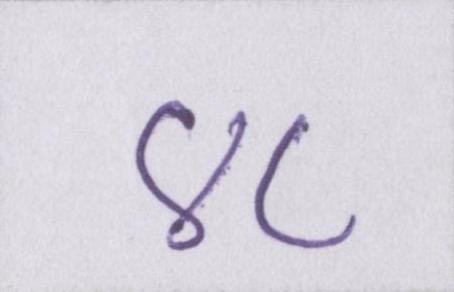
४८